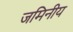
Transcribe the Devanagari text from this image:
जमिनीय